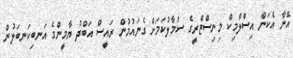
އޭނާ އެކަން އިސްލާމިކް މިނިސްޓްރީގެ ސަމާލުކަމަށް ގެނައުމުން ރައީސް އަބްދު ޔާމީންގެ އަނބިކަނބަލުން